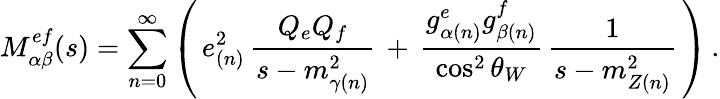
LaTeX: M_{\alpha\beta}^{ef}(s)=\sum_{n=0}^{\infty}\left(\, e_{(n)}^{2}\, \frac{Q_{e}Q_{f}}{s-m_{\gamma(n)}^{2}}\, +\, \frac{g_{\alpha(n)}^{e}g_{\beta(n)}^{f}}{\cos^{2}\theta_{W}}\, \frac{1}{s-m_{Z(n)}^{2}}\, \right)\, .